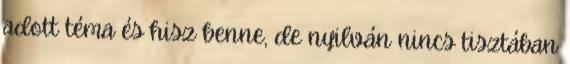
adott téma és hisz benne, de nyilván nincs tisztában